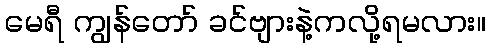
မေရီ ကျွန်တော် ခင်ဗျားနဲ့ကလို့ရမလား။